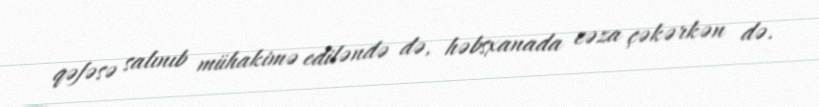
qəfəsə salınıb mühakimə ediləndə də, həbsxanada cəza çəkərkən də.